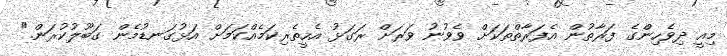
މިއީ ދިވެހިންގެ ފަރާތުން އެފަރާތްތަކަށް ވެވުނު ވަރަށް ރަގަޅު އެހީތެރިކަމެއްކަމަށް އަޅުގަނޑުމެން ގަބޫލުކުރަން."